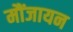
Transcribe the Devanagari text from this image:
मौंजायन